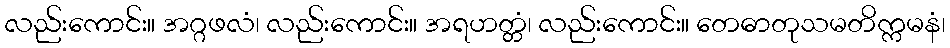
လည်းကောင်း။ အဂ္ဂဖလံ၊ လည်းကောင်း။ အရဟတ္တံ၊ လည်းကောင်း။ တေဓာတုသမတိက္ကမနံ၊